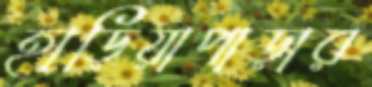
হাড়িয়াপাড়ার